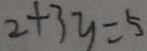
2 + 3 y = 5